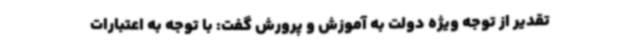
تقدیر از توجه ویژه دولت به آموزش و پرورش گفت: با توجه به اعتبارات